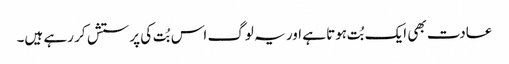
عادت بھی ایک بُت ہوتا ہے اور یہ لوگ اس بُت کی پرستش کر رہے ہیں۔